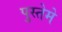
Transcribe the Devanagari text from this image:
पुस्तेमे